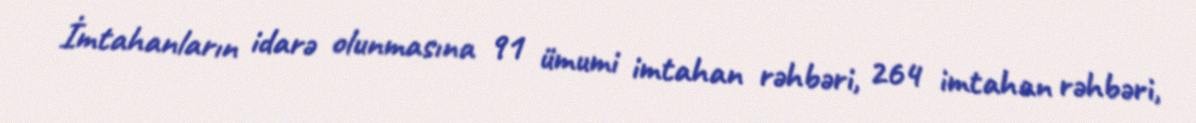
İmtahanların idarə olunmasına 91 ümumi imtahan rəhbəri, 264 imtahan rəhbəri,